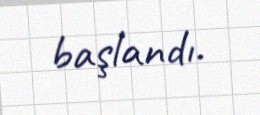
başlandı.